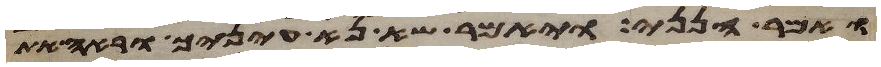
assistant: ואמר הנני ויאמר שא נא עיניך וראה את